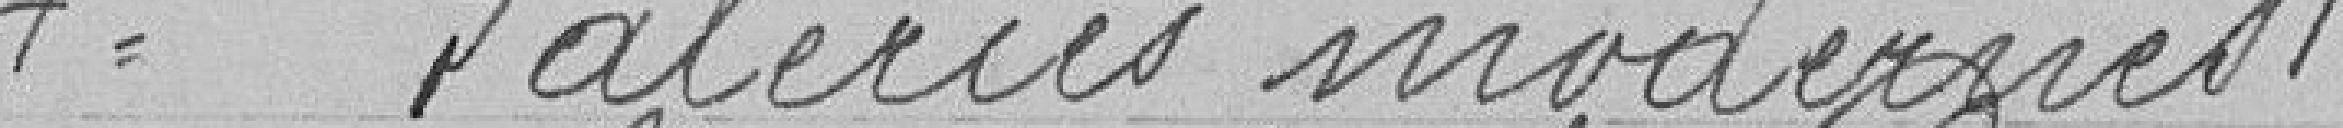
4° Galeries modernes.